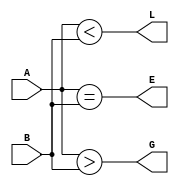
module comparador_4_bits
    (output wire G, E, L,
    input wire [3:0] A, B);

    assign G = (A > B);
    assign E = (A == B);
    assign L = (A < B);
endmodule